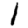
Digit: 1